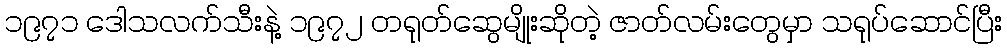
၁၉၇၁ ဒေါသလက်သီးနဲ့ ၁၉၇၂ တရုတ်ဆွေမျိုးဆိုတဲ့ ဇာတ်လမ်းတွေမှာ သရုပ်ဆောင်ပြီး